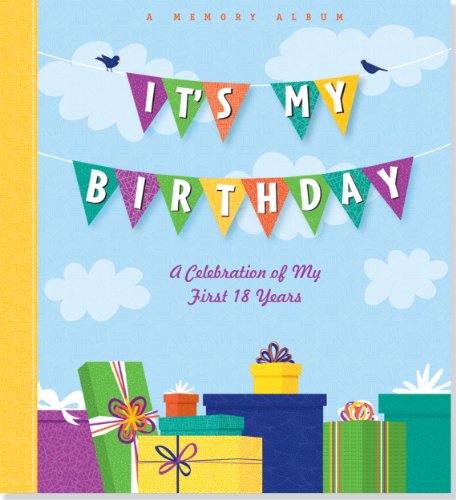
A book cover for It's My Birthday: A Celebration of My First 18 Years (A Memory Album and Keepsake Journal); Peter Pauper Press; Parenting & Relationships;